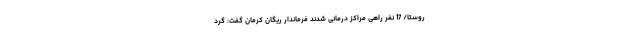
روستا/ 17 نفر راهی مراکز درمانی شدند فرماندار ریگان کرمان گفت: گرد